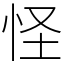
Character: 怪